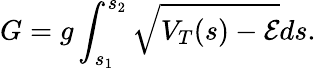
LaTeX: G=g\int_{s_{1}}^{s_{2}}\sqrt{V_{T}(s)-{\cal E}}ds.